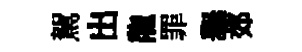
駕出龍罪𦦙郊